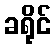
ခရိုင်